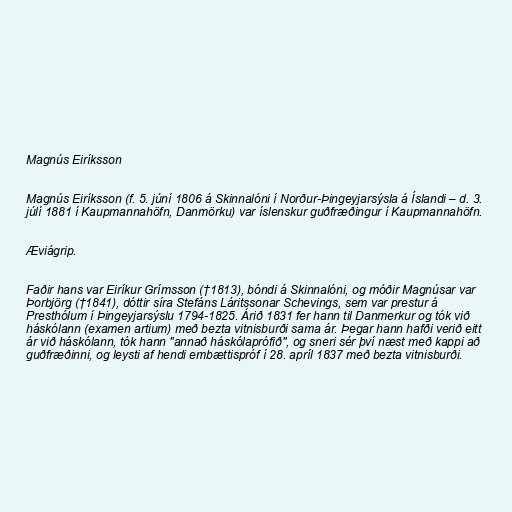
Magnús Eiríksson

Magnús Eiríksson (f. 5. júní 1806 á Skinnalóni í Norður-Þingeyjarsýsla á Íslandi – d. 3.
júlí 1881 í Kaupmannahöfn, Danmörku) var íslenskur guðfræðingur í Kaupmannahöfn.

Æviágrip.

Faðir hans var Eiríkur Grímsson (†1813), bóndi á Skinnalóni, og móðir Magnúsar var
Þorbjörg (†1841), dóttir síra Stefáns Láritssonar Schevings, sem var prestur á
Presthólum í Þingeyjarsýslu 1794-1825. Árið 1831 fer hann til Danmerkur og tók við
háskólann (examen artium) með bezta vitnisburði sama ár. Þegar hann hafði verið eitt
ár við háskólann, tók hann "annað háskólaprófið", og sneri sér því næst með kappi að
guðfræðinni, og leysti af hendi embættispróf í 28. apríl 1837 með bezta vitnisburði.